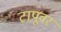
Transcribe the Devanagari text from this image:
टापूवर